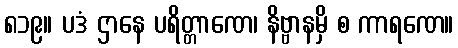
၈၁၉။ ပဒံ ဌာနေ ပရိတ္တာဏေ၊ နိဗ္ဗာနမှိ စ ကာရဏေ။